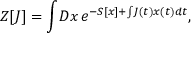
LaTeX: Z [ J ] = \int \! D x \, e ^ { - S [ x ] + \int \! J ( t ) x ( t ) d t } ,